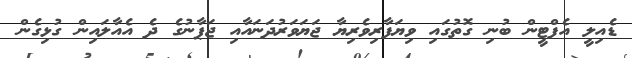
ޑެއިލީ އެފްޓީން ބުނި ގޮތުގައި ވިޔަފާރިވެރިޔާ ޖަޔަވަރުދަނައާއި ޖަޕާނުގެ ދެ އެއާލައިން ގުޅިގެން